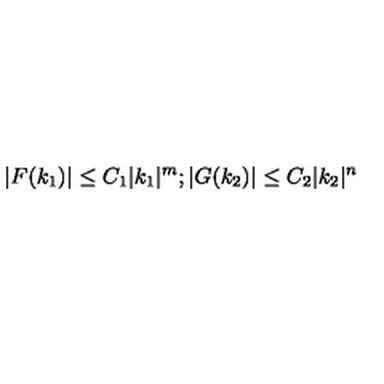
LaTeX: | F ( k _ { 1 } ) | \leq C _ { 1 } | k _ { 1 } | ^ { m } ; | G ( k _ { 2 } ) | \leq C _ { 2 } | k _ { 2 } | ^ { n }